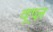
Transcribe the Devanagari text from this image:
वष्र्ज्ञ